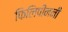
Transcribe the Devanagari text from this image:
फिलिपीननी